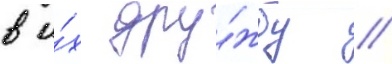
в и́х дру́жбу //